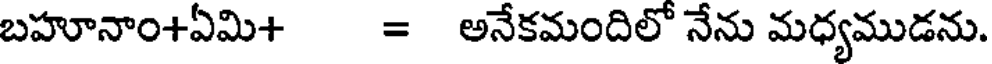
బహూనాం+ఏమి+ = అనేకమందిలో నేను మధ్యముడను.